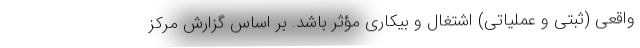
واقعی (ثبتی و عملیاتی) اشتغال و بیکاری مؤثر باشد. بر اساس گزارش مرکز